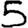
Digit: 5